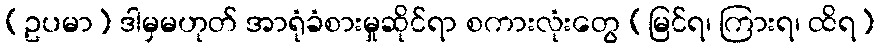
(ဥပမာ) ဒါမှမဟုတ် အာရုံခံစားမှုဆိုင်ရာ စကားလုံးတွေ (မြင်ရ၊ ကြားရ၊ ထိရ)